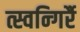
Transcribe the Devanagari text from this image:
त्स्वन्गिर्रै